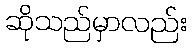
ဆိုသည်မှာလည်း